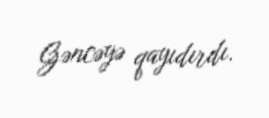
Gəncəyə qayıdırdı.